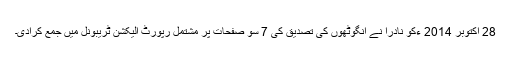
28 اکتوبر 2014 ءکو نادرا نے انگوٹھوں کی تصدیق کی 7 سو صفحات پر مشتمل رپورٹ الیکشن ٹریبونل میں جمع کرادی۔